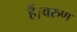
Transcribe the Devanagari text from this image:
हैं।वरुण